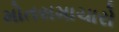
મોતસમાચારો